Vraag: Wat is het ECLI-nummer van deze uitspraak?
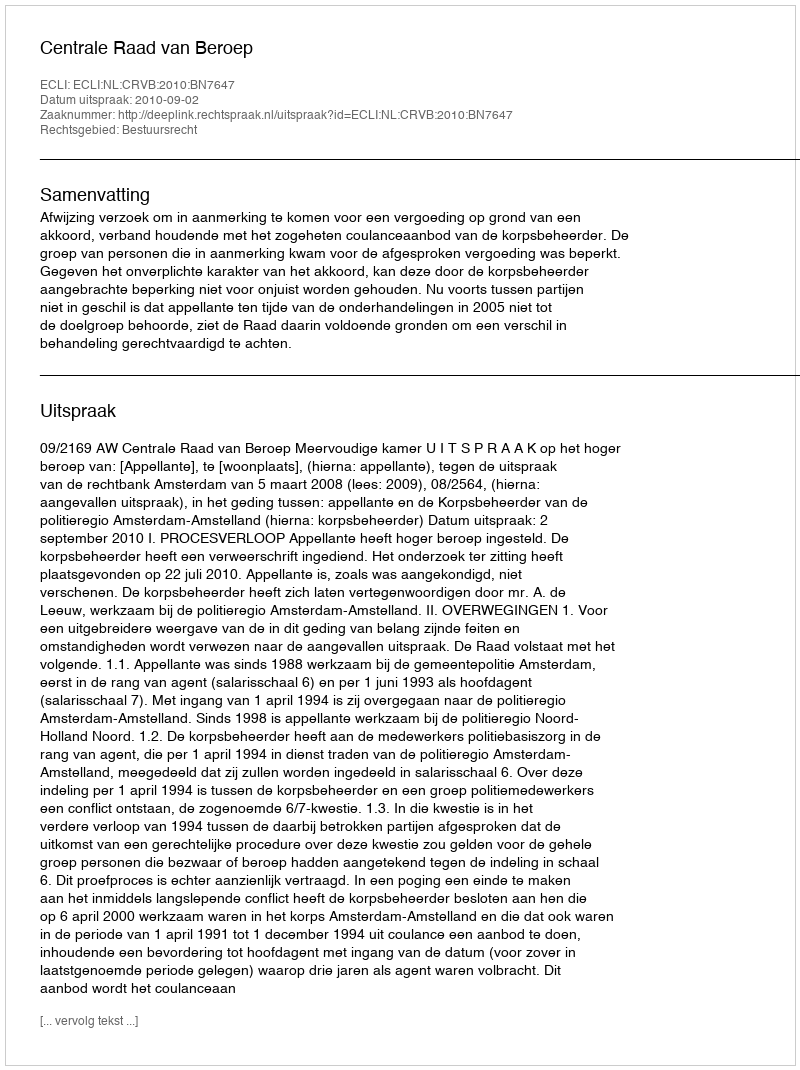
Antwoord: ECLI:NL:CRVB:2010:BN7647